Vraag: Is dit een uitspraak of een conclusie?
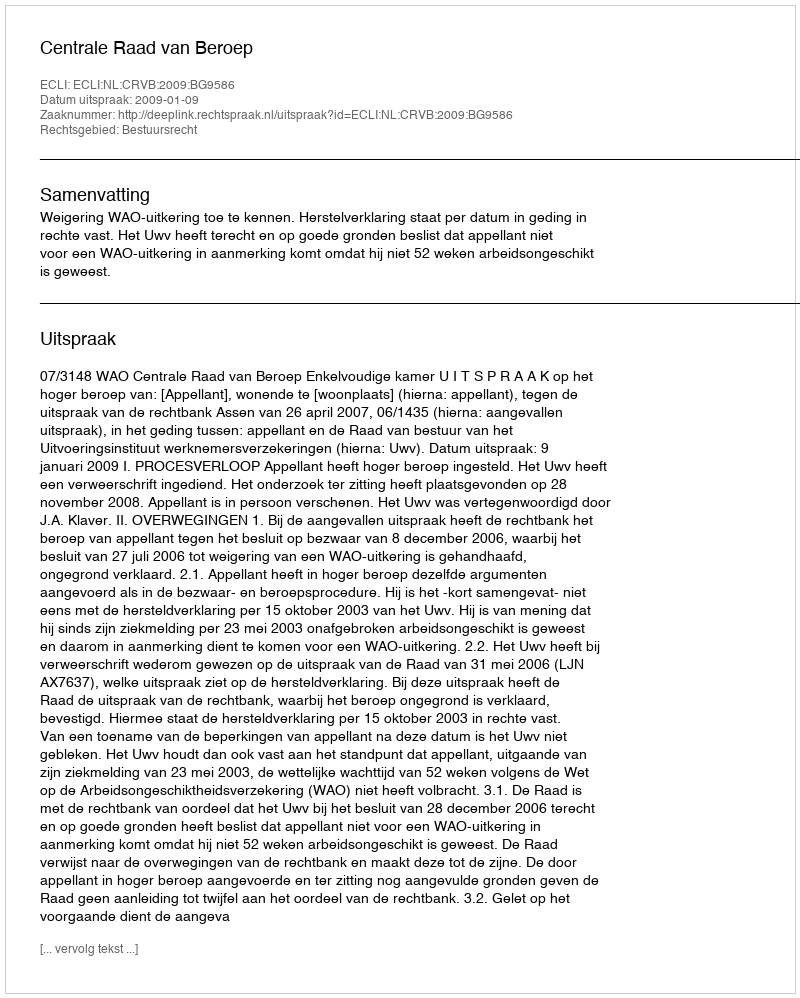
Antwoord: Uitspraak